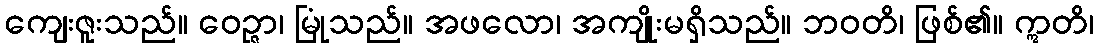
ကျေးဇူးသည်။ ဝေဉ္ဇာ၊ မြုံသည်။ အဖလော၊ အကျိုးမရှိသည်။ ဘဝတိ၊ ဖြစ်၏။ ဣတိ၊